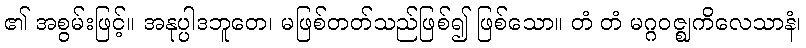
၏ အစွမ်းဖြင့်။ အနုပ္ပါဒဘူတေ၊ မဖြစ်တတ်သည်ဖြစ်၍ ဖြစ်သော။ တံ တံ မဂ္ဂဝဇ္ဈကိလေသာနံ၊